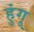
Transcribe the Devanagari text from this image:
हुंगू